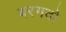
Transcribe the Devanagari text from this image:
बरगदो